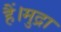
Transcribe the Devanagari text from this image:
हैं।मुद्रा